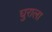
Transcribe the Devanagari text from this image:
घुराला